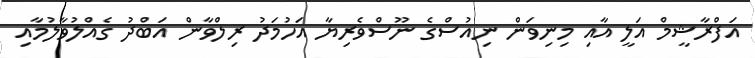
އަފްރާޝީމް އަލީ އާއި މިނިވަން ނިއުސްގެ ނޫސްވެރިޔާ އަހުމަދު ރިލްވާން އަބްދު ގެއްލުވާލުމާއި